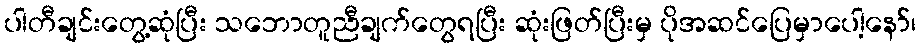
ပါတီချင်းတွေ့ဆုံပြီး သဘောတူညီချက်တွေရပြီး ဆုံးဖြတ်ပြီးမှ ပိုအဆင်ပြေမှာပေါ့နော်၊